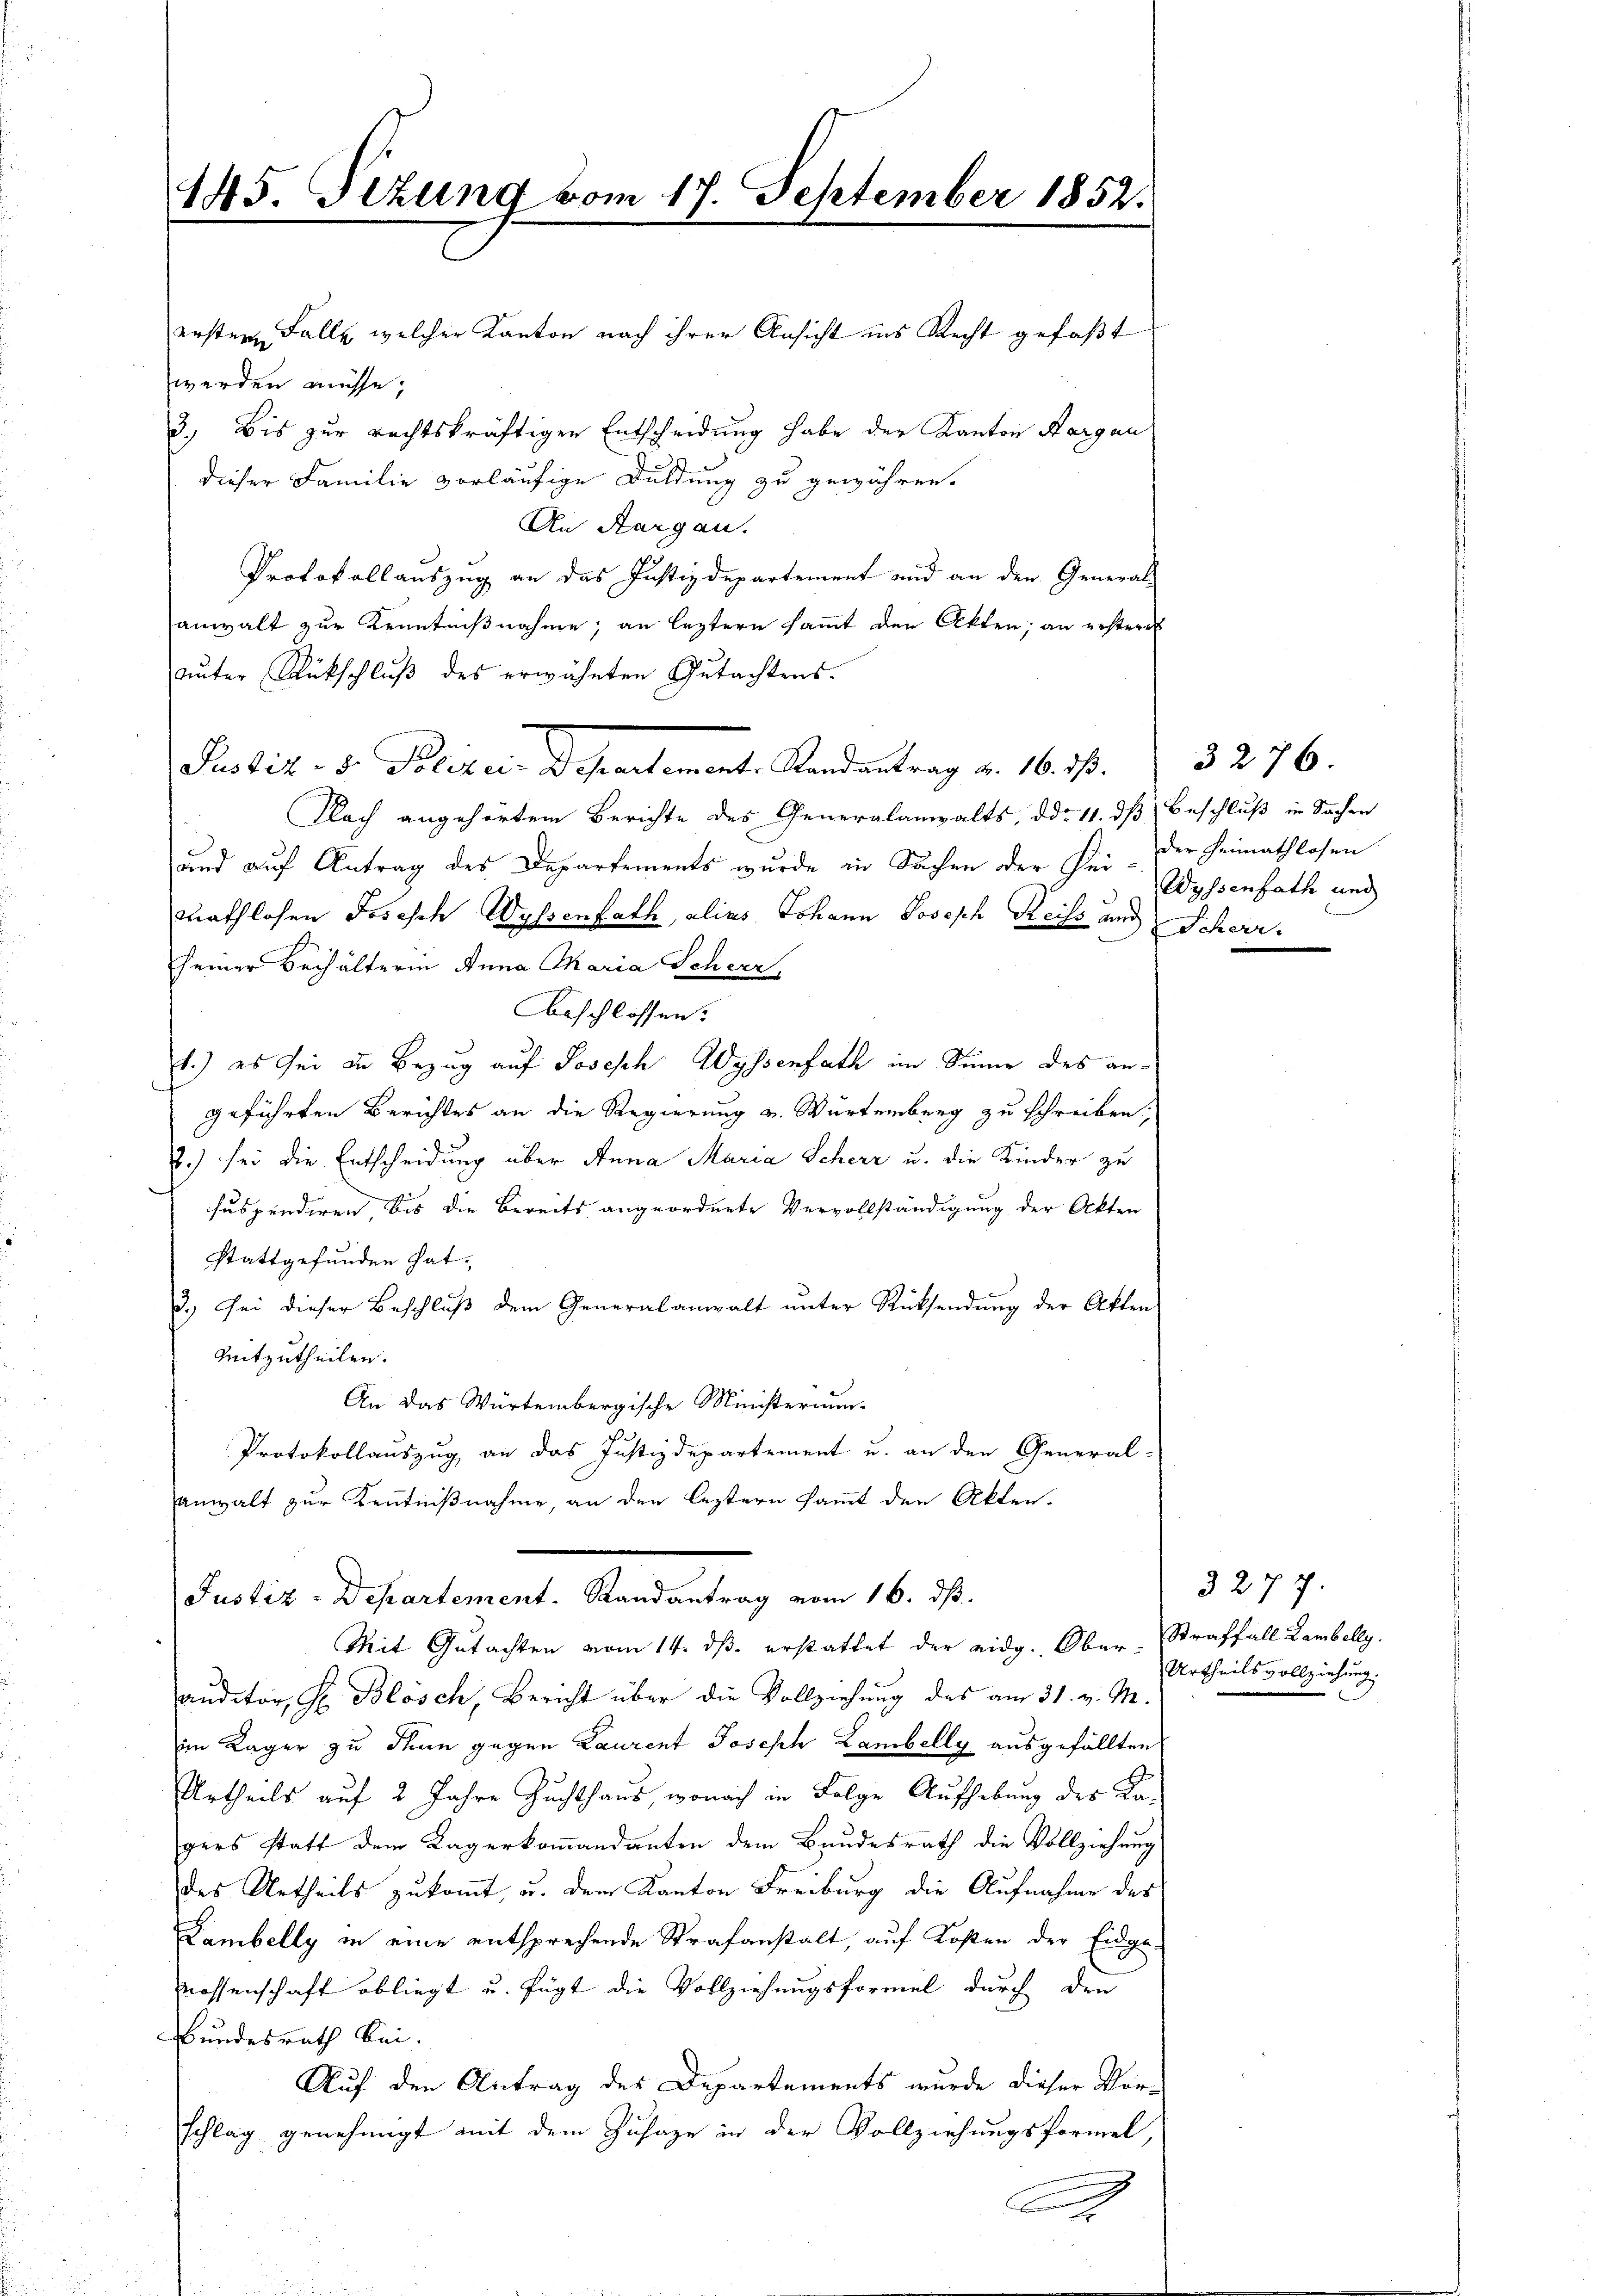
erstern Falle, welcher Kanton nach ihrer Ansicht ins Recht gefaßt
werden müsse,
dieser Familie vorläufige Duldung zu gewähren.
An Aargau.
Protokollauszug an das Justizdepartement und an den General-
anwalt zur Kenntnißnahme, an leztern sammt den Akten; an ersteres
ŭnter Rückschlŭβ des erwähnten Gutachtens.
Pustiz- & Politar Departement. Kandentrag v. 16. 78.
Flach angehörtem Berichte des Generalanwalts, d. 11. dß Beschluß in Sachen
und aŭf Antrag des Departements wurde in Sachen der Sei- der Heimathlosen
mathlosen Joseph Wassenfath, alias Johann Joseph Reiss und Scherr
seiner Behälterin Anna Tkaria Scheer,
Aeschlossen.
1.) es sei in Bezug auf Joseph Wyssenfach im Sinne des angeführten Berichtes an die Regierung u. Würtemberg zu schreiben,
.) sei die Entscheidung über Anna Maria Scherz u. die Kinder zu
suspendiren bis die Bereits angeordnete Vervollständigung der Akten
stattgefunden hat.
2.) Sei dieser Beschluß dem Generalanwalt unter Rücksendung der Akten
Meitzutheilen.
An das Würtembergische Ministerium
Protokollauszug an das Justizdepartement u. an den General-
anwalt zur Kenntnißnahme, an den leztern sammt den Akten.

auditor, S. Blösch, Bericht über die Vollziehung des am 31. v. M.
im Kager zu Thun gegen Laurent Joseph Lambelly ausgefällten
Urtheils auf 2 Jahre Zuchthaus, wonach in Folge Aufhebung des Kagers statt dem Lagerkommandanten dem Bundesrath die Vollziehung
des Urtheils zukommt, u. dem Kanton Freiburg die Aufnahme des
Lambelly in eine entsprechende Strafanstalt, auf Kosten der Eidgenossenschaft obliegt u. fügt die Vollziehungsformel durch den
Bundesrath bei.
Auf den Antrag des Departements wurde dieser Vor-
schlag genehmigt mit dem Zusage in der Vollziehungsformel,
A

145. Sizung vom 17. September 1852.

3.) Bis zur rechtskräftigen Entscheidung habe der Kanton Aargau

Justiz-Departement. Randantrag vom 16. ds.
Mit Gutachten vom 14. dβ erstattet der eidg. Ober-Straffall Lambelly.

Wyssenbath und

3276.

3277.
Urtheilsvollziehung.